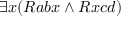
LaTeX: \exists x ( R a b x \land R x c d )